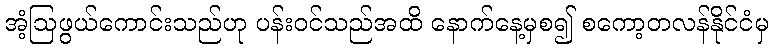
အံ့ဩဖွယ်ကောင်းသည်ဟု ပန်းဝင်သည်အထိ နောက်နေ့မှစ၍ စကော့တလန်နိုင်ငံမှ